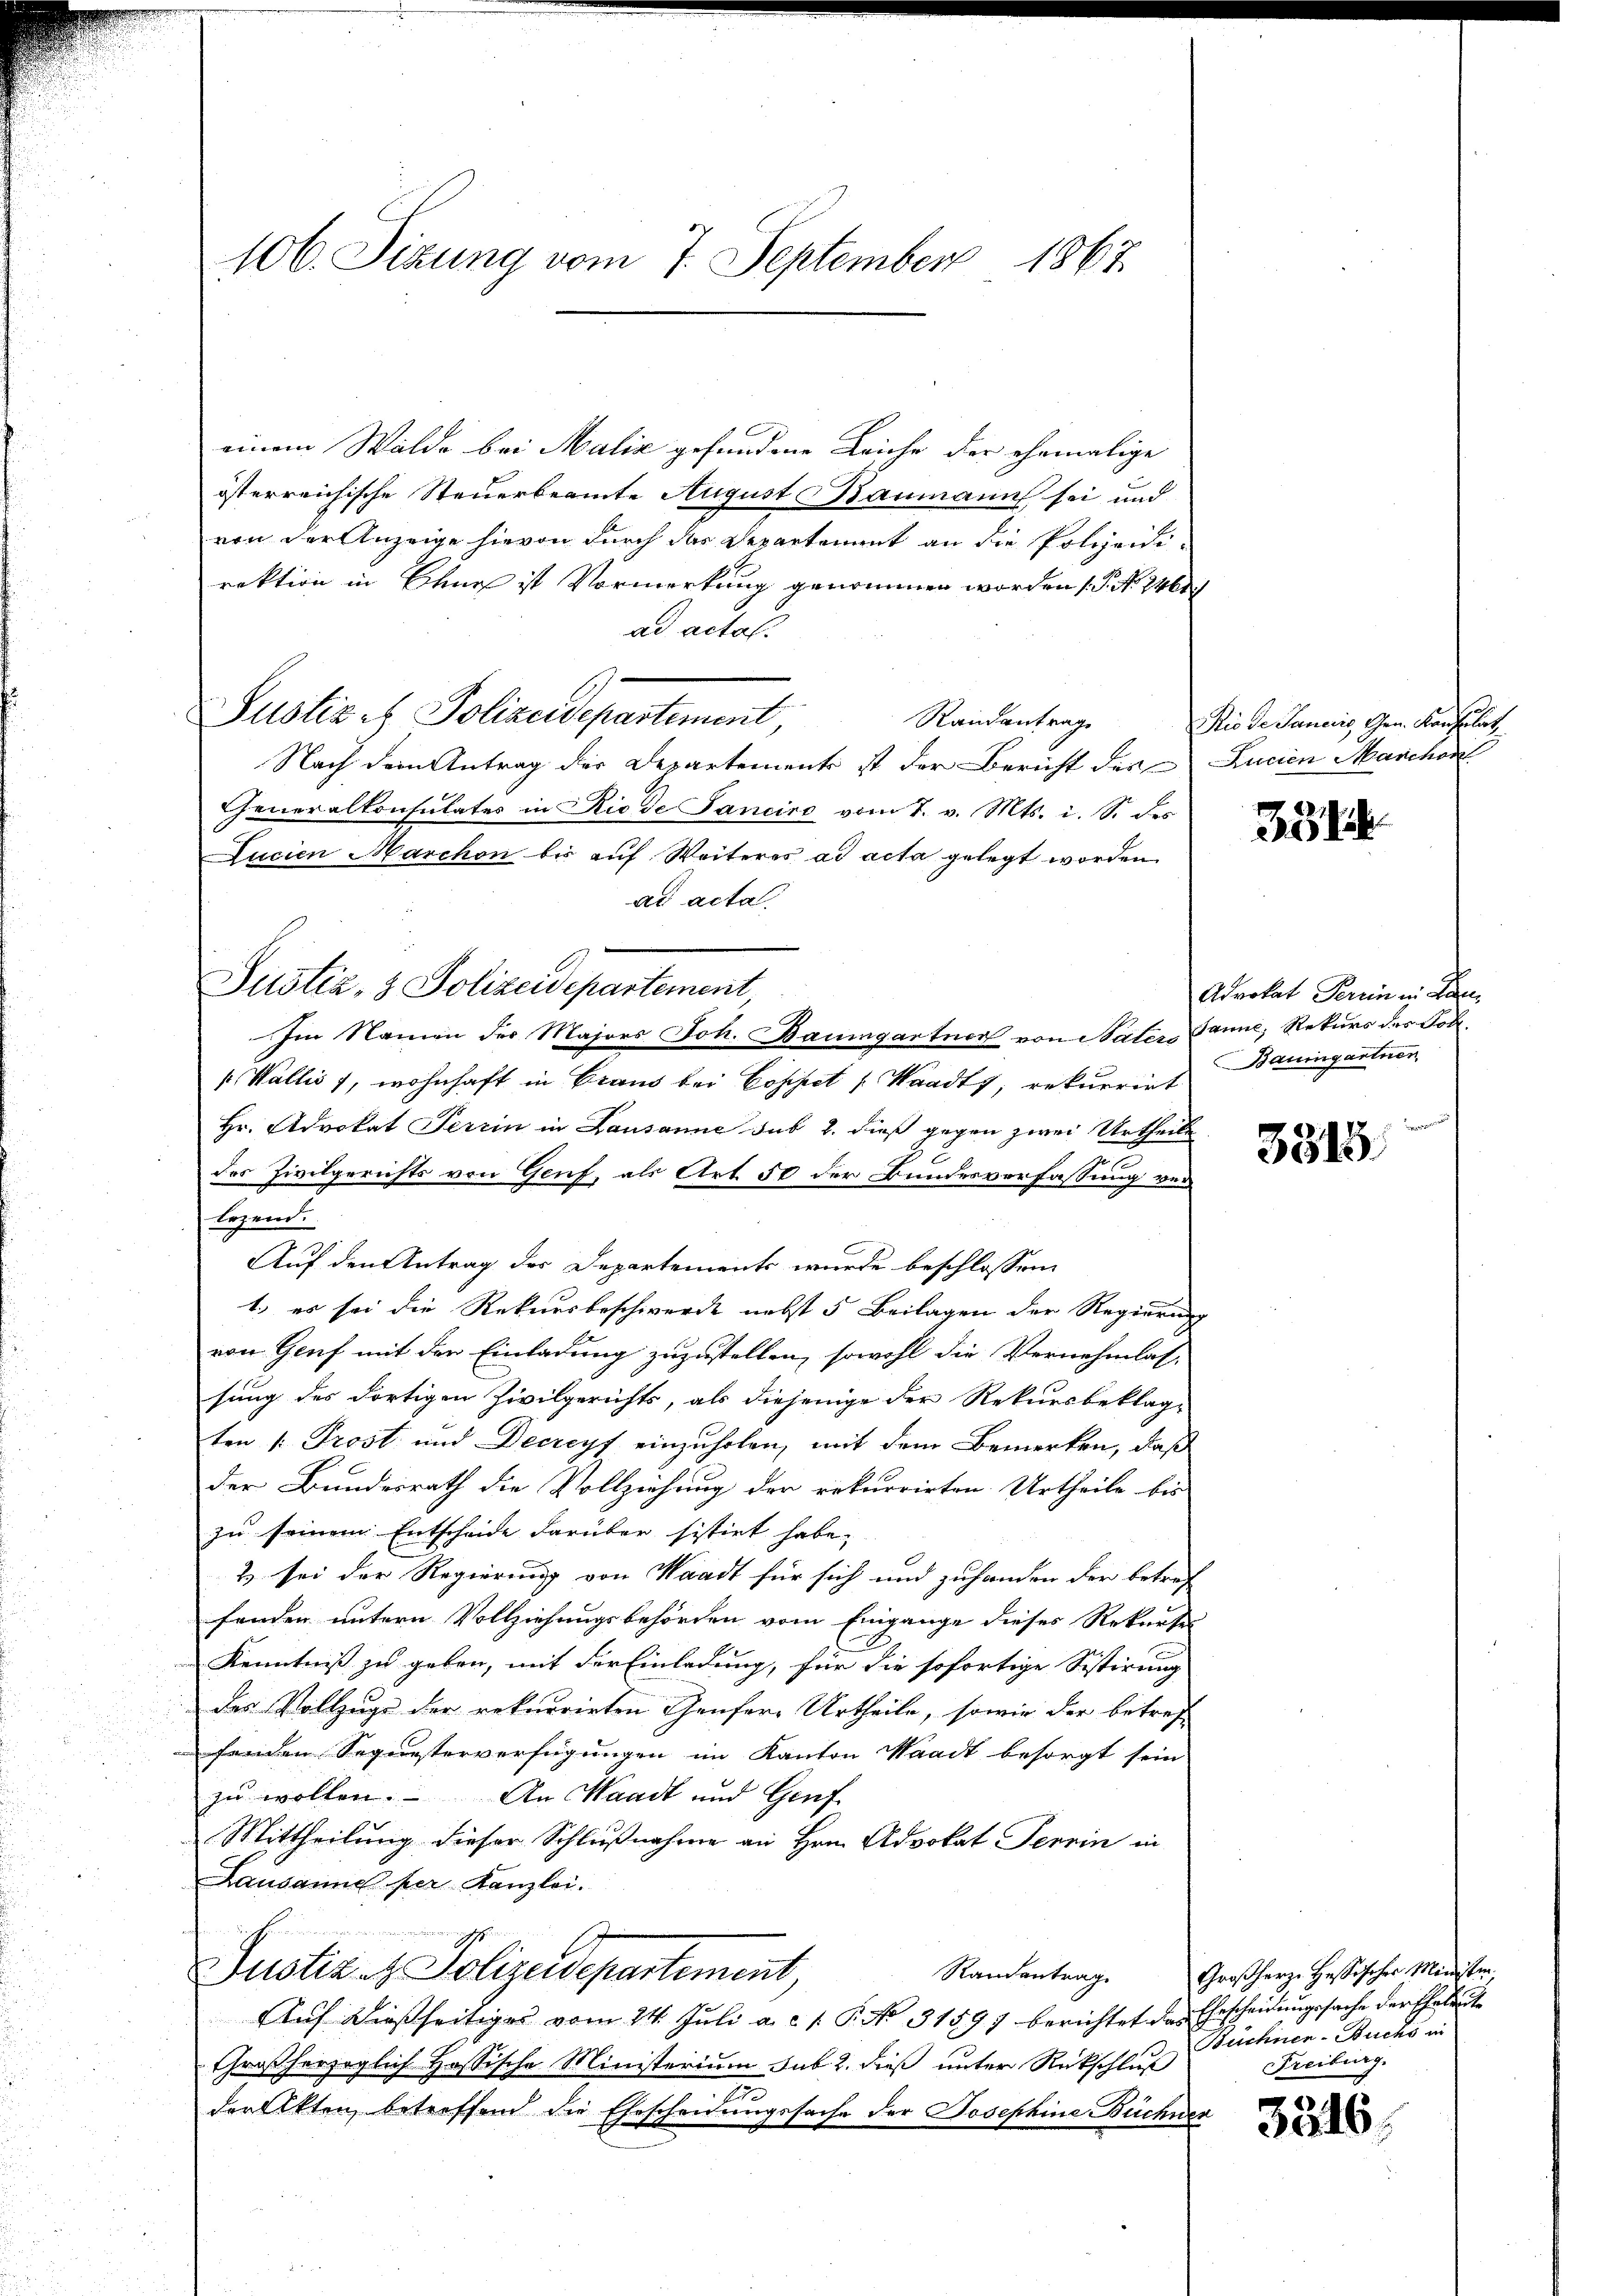
106. Sizung vom 7. September 1867.

einem Walde bei Maliz gefundene Leiche der ehemalige
österreichische Steuerbeamte August Baumann sei und
von der Anzeige hievon durch das Departement an die Polizeidirektion in Baues ist Vormerkung genommen worden 1. No. 246
ad actal.
Justiz - Polizeidepartement,
Randantrag
Nach dem Antrag der Departemente ist der Bericht des
Generalkonsulates in Rio de Sanciro vom 7. v. Mts. i. S. des
Lucien Marchon bis aŭf Weiteres ad acta gelegt worden.
ad acta.
Im Namen der Majors Joh. Baumgartner von Nater Tanne, Rekurs des Poll.
(Wallis, wohnhaft in Braus bei Cospet Waadt, rekurrirt
Hr. Advokat Terrin in Lausanne sub 2. dieß gegen zwei Urtheile
des Zivilgerichts von Genf, als Art. 50 der Bundesverfassung verlezend.
Auf den Antrag des Departements wurde beschlossen:
1.) es sei die Rekursbeschwerde nebst 5 Beilagen der Regierung
von Genf mit der Einladung zuzustellen, sowohl die Vernehmlat-
sung des dortigen Zivilgerichts, als diejenige der Rekursbeklag-
ten [Prost und Decreyf einzuholen, mit dem Bemerken, daß
der Bundesrath die Vollziehung der rekurrirten Urtheile bis
zu seinem Entscheide darüber sistirt habe.
2) sei der Regierung von Waadt für sich und zuhanden der betref-
fenden untern Vollziehungsbehörden vom Eingange dieses Rekurses
Kenntniß zu geben, mit der Einladung, für die sofortige Sistirung
des Vollzuge der rekurrirten Genfere Urtheile, sowie der betref
enen Sequesterverfügungen im Kanton Waadt besorgt sein
zu wollen. An Waadt und Genf
Mittheilung dieser Schlußnahme an Hrn. Advokat Terrin in
Lausanne per Kanzlei.
d
Justiz et Polizeidepartement,
Randantrag
Auf dießseitiges vom 24. Juli a. c. 1. P. No. 31597 berichtet das Ehescheidungssache der Eheleut
Chroßherzoglich Hofsische Ministerium sub. 2. dieß unter Rückschluß
1
der Akten, betreffend die Ehescheidungssache der Josephine Büchner

Justiz- & Polizeidepartement

Rio de Janeris, Gen. Konsulat
Lucien Manchor

35

Advokat Perrin in Lan
Bauingartner

3315

Großherze Hassischer Minister,
Buchner-Buchs an
Freibung.

.
3046